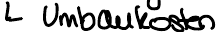
Umbaukosten